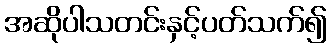
အဆိုပါသတင်းနှင့်ပတ်သက်၍